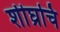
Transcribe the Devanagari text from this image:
शीघ्रचि